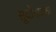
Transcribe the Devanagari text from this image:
सूर्योदयको